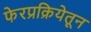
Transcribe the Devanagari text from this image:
फेरप्रक्रियेतून